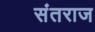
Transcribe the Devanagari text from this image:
संतराज